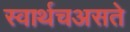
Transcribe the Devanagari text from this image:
स्वार्थचअसते